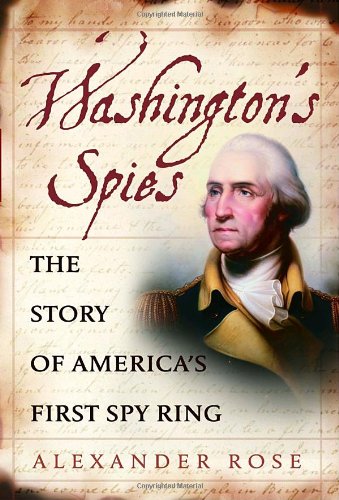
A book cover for Washington's Spies: The Story of America's First Spy Ring; Alexander Rose; History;